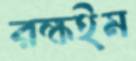
রক্ষইম